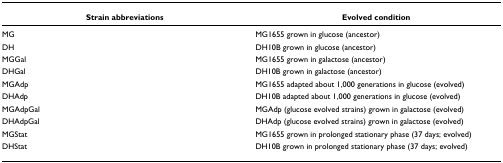
| Strain abbreviations | Evolved condition |
 | --- | --- |
 | MG | MG1655 grown in glucose (ancestor) |
 | DH | DH10B grown in glucose (ancestor) |
 | MGGal | MG1655 grown in galactose (ancestor) |
 | DHGal | DH10B grown in galactose (ancestor) |
 | MGAdp | MG1655 adapted about 1,000 generations in glucose (evolved) |
 | DHAdp | DH10B adapted about 1,000 generations in glucose (evolved) |
 | MGAdpGal | MGAdp (glucose evolved strains) grown in galactose (evolved) |
 | DHAdpGal | DHAdp (glucose evolved strains) grown in galactose (evolved) |
 | MGStat | MG1655 grown in prolonged stationary phase (37 days; evolved) |
 | DHStat | DH10B grown in prolonged stationary phase (37 days; evolved) |